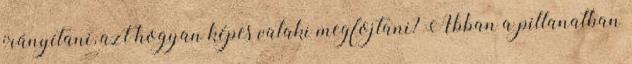
irányítani, azt hogyan képes valaki megfojtani? Abban a pillanatban